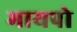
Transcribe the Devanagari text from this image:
मायपो